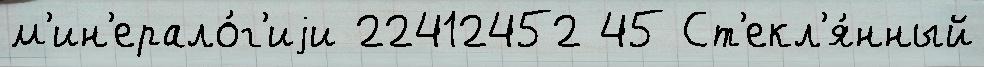
м'ин'ерало́г'иjи 22412452 45 Ст'екл'я́нный